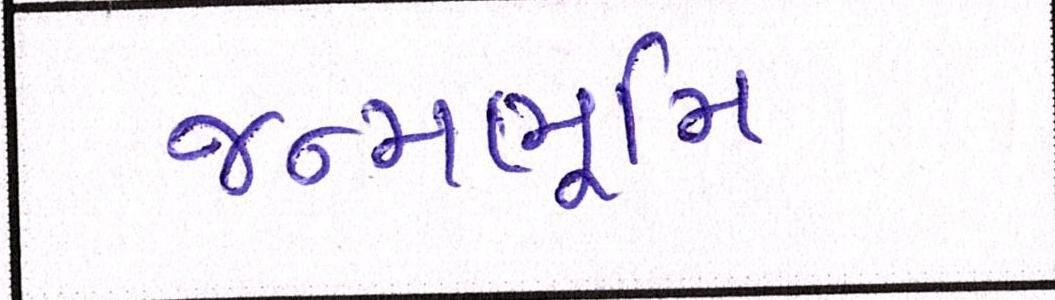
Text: જન્મભૂમિ